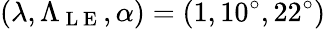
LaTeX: (\lambda,\Lambda_{\mathrm{~L~E~}},\alpha)=(1,10^{\circ},22^{\circ})